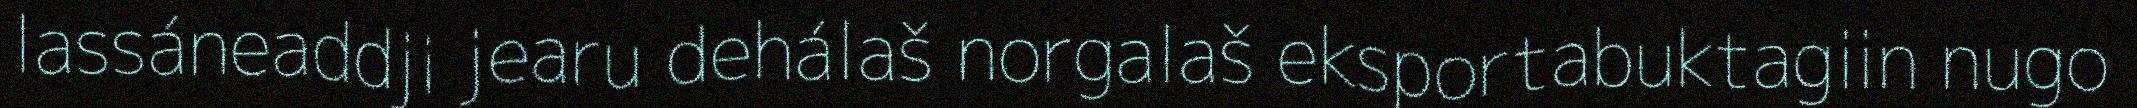
lassáneaddji jearu dehálaš norgalaš eksportabuktagiin nugo